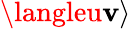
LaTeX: \langleu\mathbf{v}\rangle